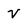
Character: v